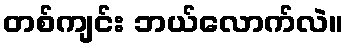
တစ်ကျင်း ဘယ်လောက်လဲ။